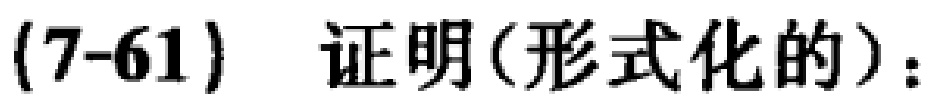
(7-61) 证明(形式化的)：